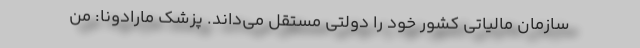
سازمان مالیاتی کشور خود را دولتی مستقل می‌داند. پزشک مارادونا: من